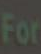
For